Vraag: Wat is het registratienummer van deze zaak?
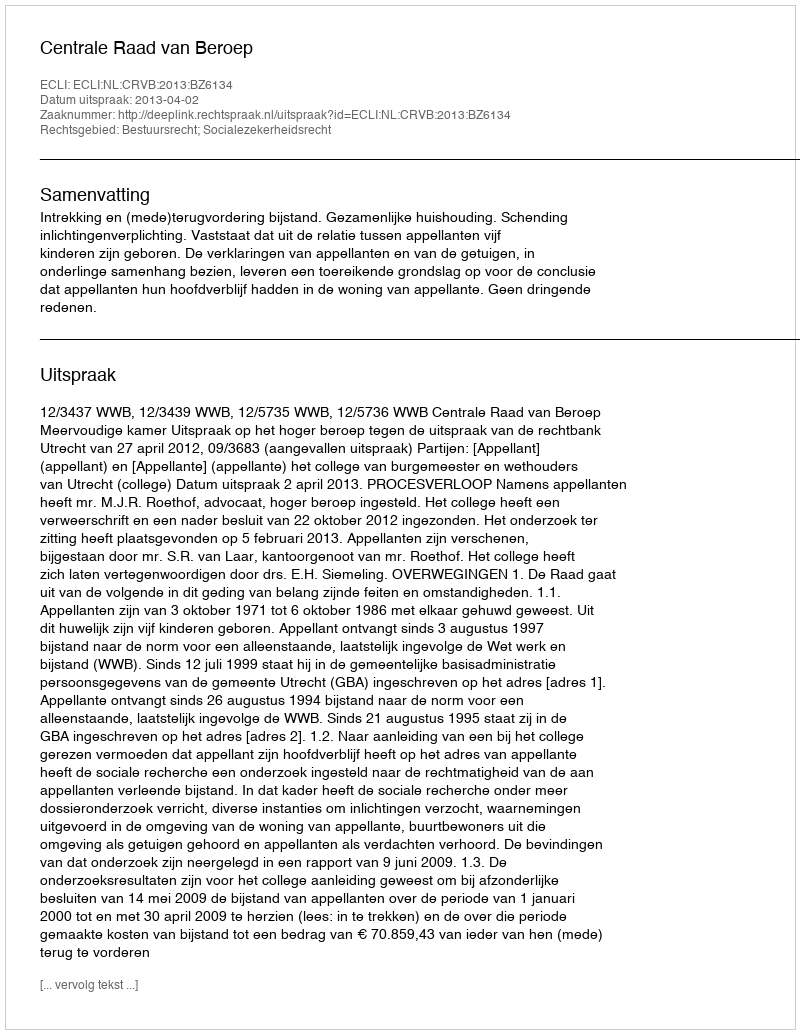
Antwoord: http://deeplink.rechtspraak.nl/uitspraak?id=ECLI:NL:CRVB:2013:BZ6134